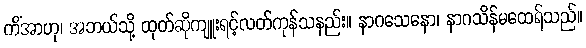
ကိံအာဟု၊ အဘယ်သို့ ထုတ်ဆိုကျူးရင့်လတ်ကုန်သနည်း။ နာဂသေနော၊ နာဂသိန်မထေရ်သည်။